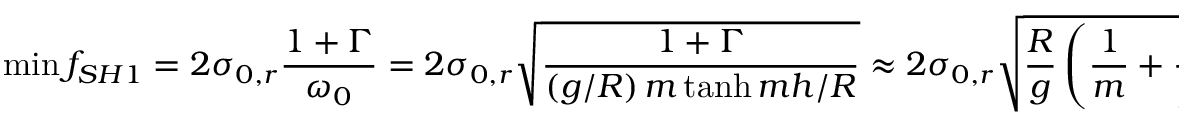
\operatorname* { m i n } { f _ { S H 1 } } = 2 \sigma _ { 0 , r } \frac { 1 + \Gamma } { \omega _ { 0 } } = 2 \sigma _ { 0 , r } \sqrt { \frac { 1 + \Gamma } { \left( g / R \right) m \operatorname { t a n h } { m h / R } } } \approx 2 \sigma _ { 0 , r } \sqrt { \frac { R } { g } \left( \frac { 1 } { m } + \frac { \gamma } { \rho g R ^ { 2 } } m \right) } ,